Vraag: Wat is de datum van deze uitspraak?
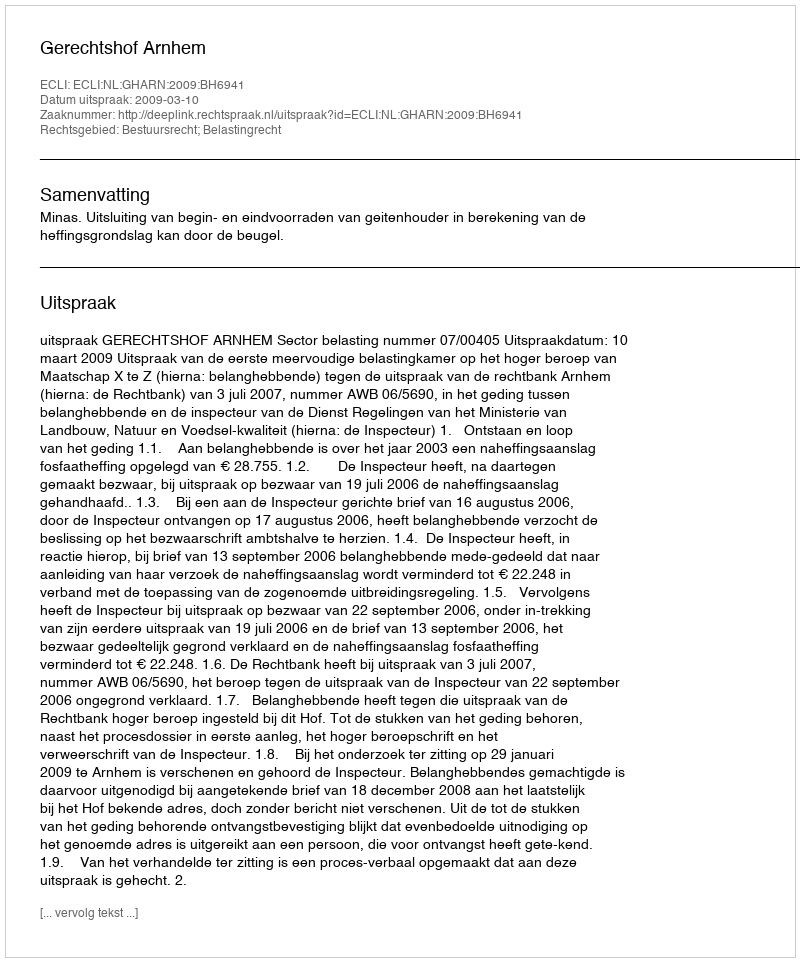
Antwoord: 2009-03-10